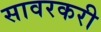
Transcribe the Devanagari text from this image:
सावरकरी